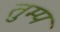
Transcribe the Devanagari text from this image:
तुम्प